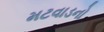
મટવાડનો